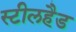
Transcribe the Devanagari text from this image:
स्टीलहैड